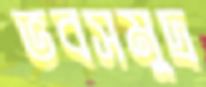
ভবসমুদ্র